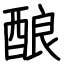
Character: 酿